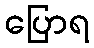
ပြောရ